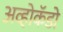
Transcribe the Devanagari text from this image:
अव्होकॅडो